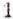
1